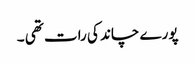
پورے چاند کی رات تھی ۔